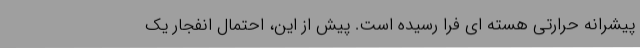
پیشرانه حرارتی هسته ای فرا رسیده است. پیش از این، احتمال انفجار یک